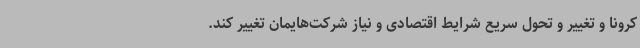
کرونا و تغییر و تحول سریع شرایط اقتصادی و نیاز شرکت‌هایمان تغییر کند.